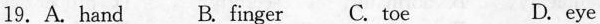
19. A. hand B. finger C. toe D. eye